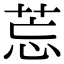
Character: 莣